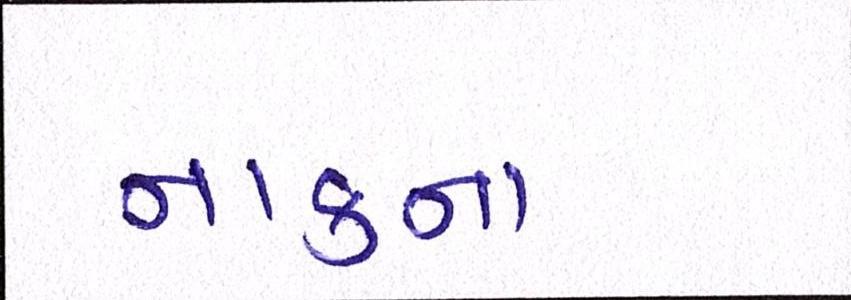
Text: નાકના